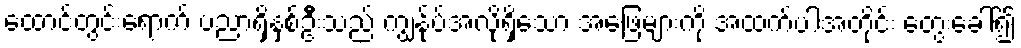
ထောင်တွင်းရောက် ပညာရှိနှစ်ဦးသည် ကျွန်ုပ်အလိုရှိသော အဖြေများကို အထက်ပါအတိုင်း တွေးခေါ်၍